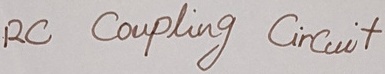
Text: RC Coupling Circuit